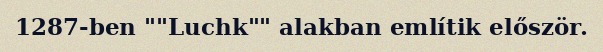
1287-ben ""Luchk"" alakban említik először.